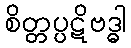
စိတ္တပ္ပဋိဗဒ္ဓါ